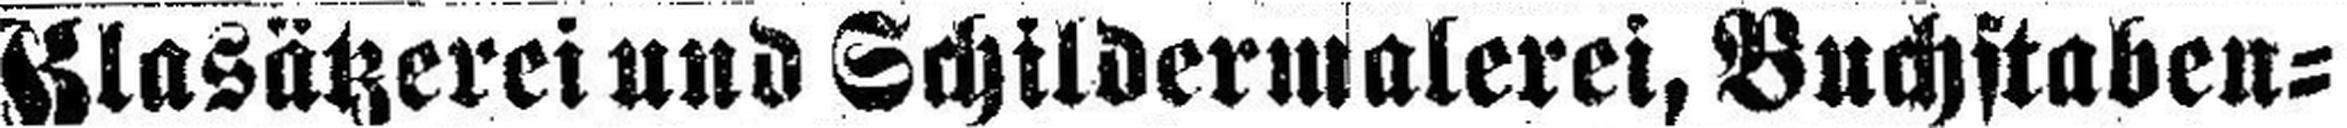
Glasätzerei und Schildermalerei, Buchstaben¬